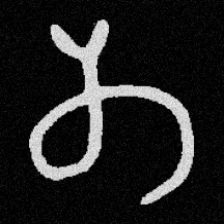
Pyu character \u2014 Myanmar letter: တ (romanized: ta)